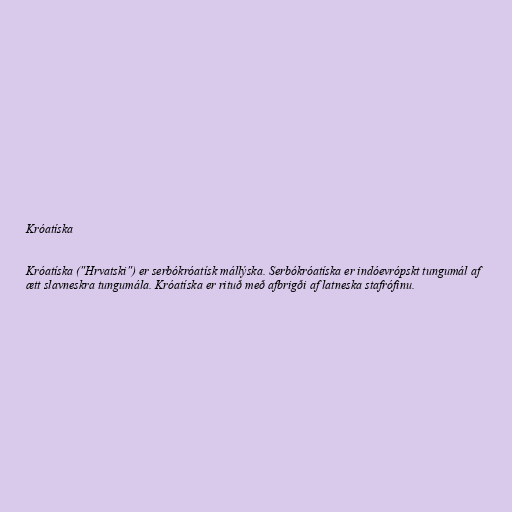
Króatíska

Króatíska ("Hrvatski") er serbókróatísk mállýska. Serbókróatíska er indóevrópskt tungumál af
ætt slavneskra tungumála. Króatíska er rituð með afbrigði af latneska stafrófinu.